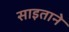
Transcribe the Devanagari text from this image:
साइताने